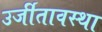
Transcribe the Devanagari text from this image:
उर्जीतावस्था